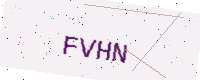
Text: FVHN